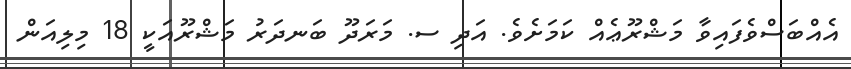
އެއްބަސްވެފައިވާ މަޝްރޫޢެއް ކަމަށެވެ. އަދި ސ. މަރަދޫ ބަނދަރު މަޝްރޫއަކީ 18 މިލިއަން